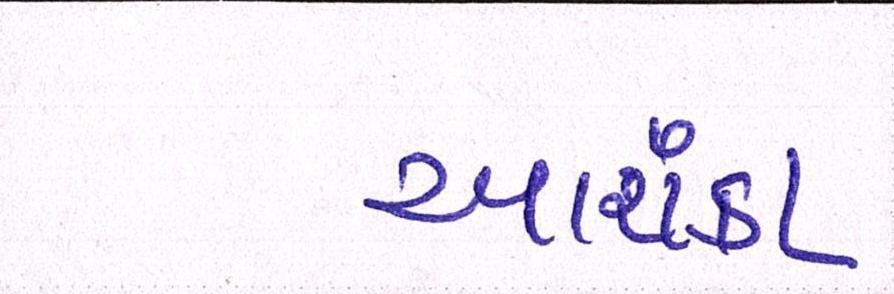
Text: આશંકા